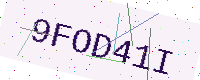
Text: 9FOD41I